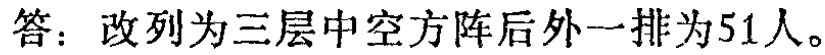
答：改列为三层中空方阵后外一排为51人。